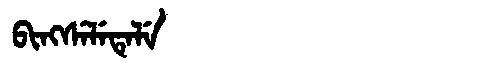
Manchu: ᠪᡳᠩᠰᡝᠯᡝᡨᡝᠯᡝ
Romanization: BINGSELETELE